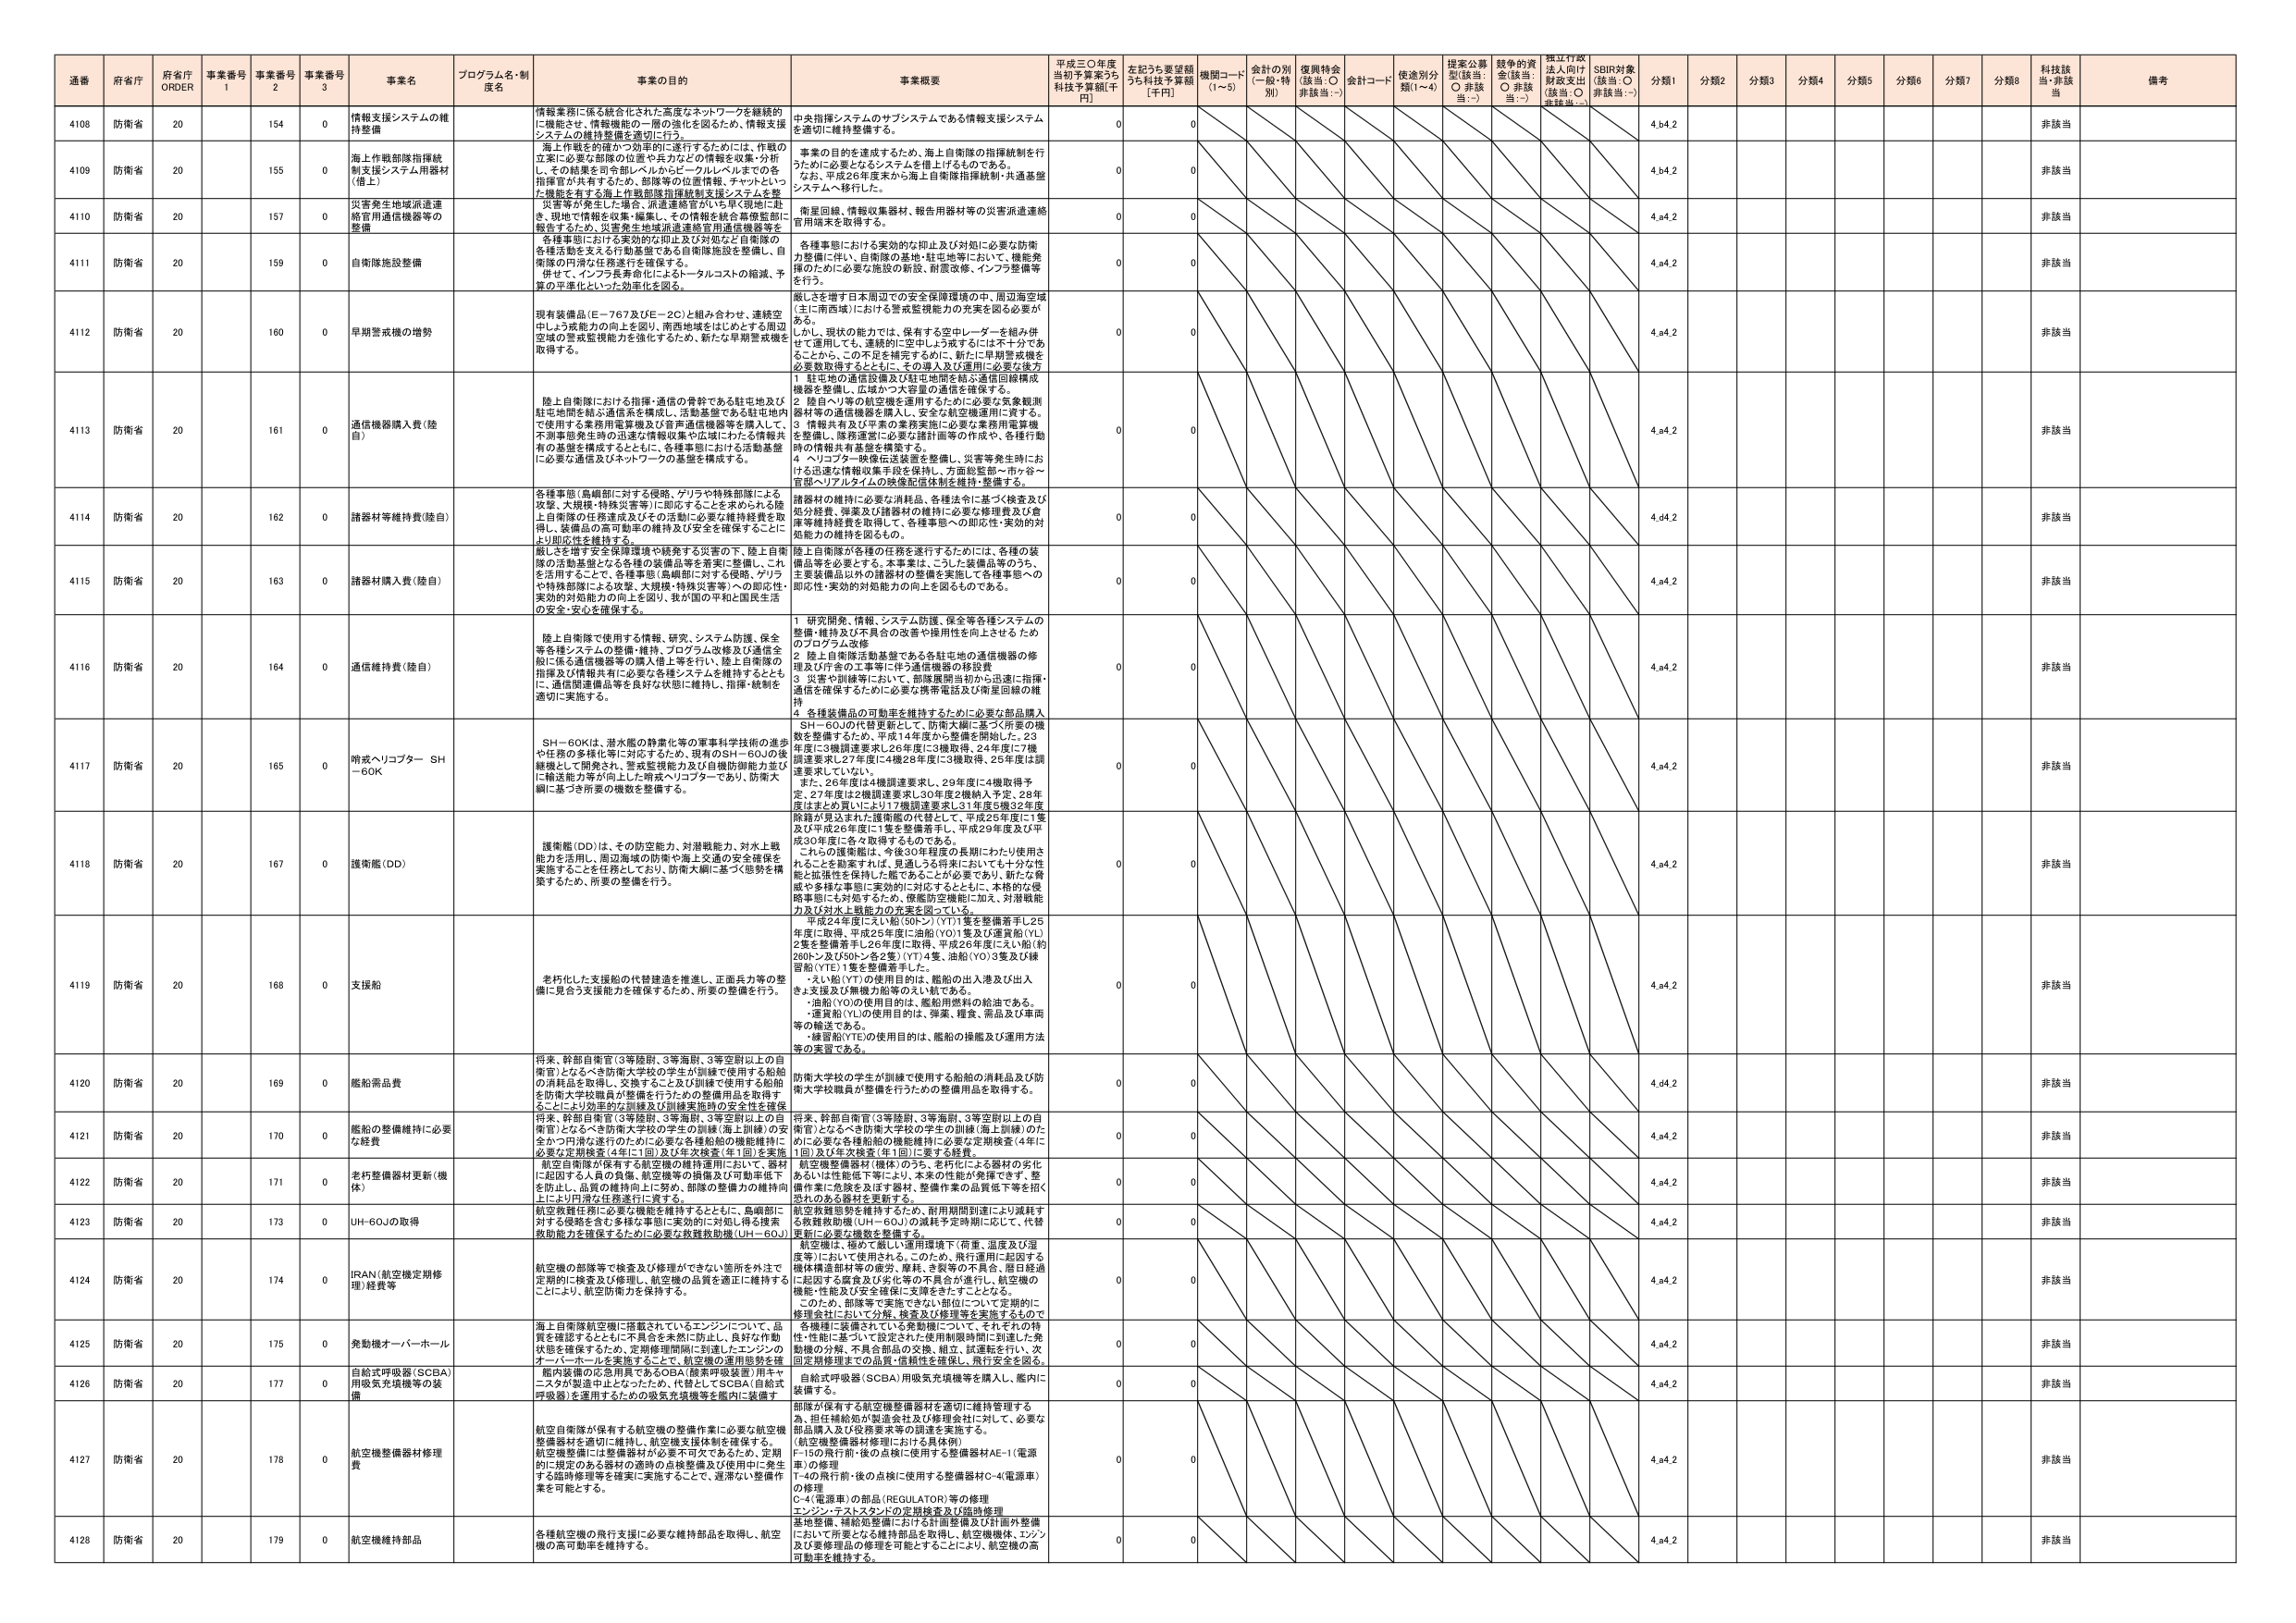
通番 府省庁 府省庁 ORDER 事業番号 1 事業番号 2 事業番号 3 事業名 プログラム名・制度名 事業の目的 事業概要 平成三〇年度 当初予算案うち 科技予算額[千円] 左記うち要望額 うち科技予算額 [千円] 機関コード (1～5) 会計の別 (一般・特別) 復興特会 (該当：○ 非該当：-) 会計コード 使途別分類(1～4) 提案公募型(該当：○ 非該当：-) 競争的資金(該当：○ 非該当：-) 採択行政法人向け財政支出(該当：○ 非該当：-) SDBR対象(該当：○ 非該当：-) 分類1 分類2 分類3 分類4 分類5 分類6 分類7 分類8 科技該当・非該当 備考

4108 防衛省 20 154 0 情報支援システムの維持整備 情報業務に係る統合化された高度なネットワークを継続的に機能させ、情報機能の一層の強化を図るため、情報支援システムの維持整備を適切に行う。 中央指揮システムのサブシステムである情報支援システムを適切に維持整備する。 0 0 4.b4.2 非該当

4109 防衛省 20 155 0 海上作戦部隊指揮統制支援システム用器材(陸上) 海上作戦を的確かつ効果的に遂行するためには、作戦の立案に必要な部隊の位置や兵力などの情報を収集・分析し、その結果を司令部レベルからビークレベルまでの各指揮官が共有するため、部隊等の位置情報、チャットといった機能を有する海上作戦部隊指揮統制支援システムを整備する。 事業の目的を達成するため、海上自衛隊の指揮統制を行うために必要なシステムを備え上げるものである。 なお、平成28年度末から海上自衛隊指揮統制・共通基盤システムへ移行した。 0 0 4.b4.2 非該当

4110 防衛省 20 157 0 災害発生地域派遣連絡官用通信機器等の整備 災害等が発生した場合、派遣連絡官がいち早く現地に赴き、現地で情報を収集・編集し、その情報を統合幕僚監部に報告するため、災害発生地域派遣連絡官用通信機器等を整備する。 衛星回線、情報収集器材、報告用器材等の災害派遣連絡官用端末を取得する。 0 0 4.a4.2 非該当

4111 防衛省 20 159 0 自衛隊施設整備 各種事態における実効的な抑止及び対処など自衛隊の各種活動を支えたり動員等である自衛隊施設を整備し、自衛隊の円滑な任務遂行を確保する。 併せて、インフラ長寿命化によるトータルコストの縮減、予算の平準化といった効率化を図る。 各種事態における実効的な抑止及び対処に必要な防衛力整備に伴い、自衛隊の基地・駐屯地等において、機能発揮のために必要な施設の新設、耐震改修、インフラ整備等を行う。 0 0 4.a4.2 非該当

4112 防衛省 20 160 0 早期警戒機の増勢 現有装備品(Ｅ－７６７及びＥ－２Ｃ)と組み合わせ、連続空中小力能力の向上を図り、南西地域をはじめとする周辺空域の警戒監視能力を強化するため、新たな早期警戒機を取得する。 航空機を増強する日本周辺での安全保障環境の中、周辺海空域(主に南西域)における警戒監視能力の充実を図る必要がある。 しかし、現状の能力では、保有する空中レーダーを組み併せて運用しても、連続的に空中しょう放するには不十分であることから、この不足を補完するために、新たに早期警戒機を必要数取得するとともに、その導入及び運用に必要な後方 1 駐屯地の通信設備及び駐屯地間を結ぶ通信回線構成機器を整備し、広域かつ大容量の通信を確保する。 2 陸自ヘリ等の航空機を運用するために必要な気象観測器材等の通信機器を購入し、安全な航空機運用に資する。 3 情報共有及び平素の業務実施に必要な業務用電算機を整備し、隊務運営に必要な諸計画等の作成や、各種行動時の情報共有基盤を構築する。 4 ヘリコプター映像伝送装置を整備し、災害等発生時における迅速な情報収集手段を提供し、方面総監部→市・町・村→官邸→リリアルタイムの映像配信体制を維持・整備する。 0 0 4.a4.2 非該当

4113 防衛省 20 161 0 通信機器購入費(陸自) 陸上自衛隊における指揮・通信の骨幹である駐屯地及び駐屯地間を結ぶ通信系を構成し、活動基盤である駐屯地内で使用する業務用電算機及び音声通信機器等を購入して、不測事態発生時の迅速な情報収集や広域にわたる情報共有の基盤を構成するとともに、各種事態における活動基盤に必要な通信及びネットワークの基盤を構成する。 0 0 4.a4.2 非該当

4114 防衛省 20 162 0 諸器材等維持費(陸自) 各種事態(島嶼部に対する侵略、ゲリラや特殊部隊による攻撃、大規模・特殊災害等)に即応することを求める陸上自衛隊の任務達成及びその活動に必要な維持経費を取得し、装備品の長寿命化の維持及び安全を確保することにより即応性を維持する。 諸器材の維持に必要な消耗品、各種法令に基づく検査及び処分経費、弾薬及び諸器材の維持に必要な修理費及び倉庫等維持経費を取得して、各種事態への即応性・実効的対処能力の維持を図るもの。 0 0 4.a4.2 非該当

4115 防衛省 20 163 0 諸器材購入費(陸自) 厳しさを増す安全保障環境や頻発する災害の下、陸上自衛隊の活動基盤となる各種の装備品等を着実に整備し、これを活用することで、各種事態(島嶼部に対する侵略、ゲリラや特殊部隊による攻撃、大規模・特殊災害等)への即応性・実効的対処能力の向上を図り、我が国の平和と国民生活の安全・安心を確保する。 陸上自衛隊が各種の任務を遂行するためには、各種の装備品等を必要とする。本事業は、こうした装備品等のうち、主要装備品以外の諸器材を整備を実施して各種事態への即応性・実効的対処能力の向上を図るものである。 0 0 4.a4.2 非該当

4116 防衛省 20 164 0 通信維持費(陸自) 陸上自衛隊で使用する情報、研究、システム防護、保全等各種システムの整備・維持、プログラム改修及び通信系統に係る通信機器等の購入陸上等を行い、陸上自衛隊の指揮及び情報共有に必要な各種システムを維持するとともに、通信関連備品等を良好な状態に維持し、指揮・統制を適切に実施する。 1 研究開発、情報、システム防護、保全等各種システムの整備・維持及び不具合の改善や操作性を向上させるためのプログラム改修 2 陸上自衛隊活動基盤である各駐屯地の通信機器の修理及びIT等の工事等に伴う通信機器の移設費 3 災害や訓練等において、部隊展開当初から迅速に指揮・通信を確保するため必要な携帯電話及び衛星回線の維持 4 各種装備品の可動率を維持するために必要な部品購入 0 0 4.a4.2 非該当

4117 防衛省 20 165 0 呼吸ヘリコプター SH－60K SH－60Kは、潜水艦の静粛化等の軍事科学技術の進歩や任務の多様化等に対応するため、現有のSH－60Jの後継機として開発され、警戒捜索能力及び自機防御能力並びに輸送能力等が向上した哨戒ヘリコプターであり、防衛大綱に基づき所要の機数を整備する。 SH－60Jの代替更新として、防衛大綱に基づく所要の機数を整備するため、平成14年度から整備を開始した。23年度に3機調達要求し26年度に3機取得、24年度に7機調達要求し27年度に4機28年度に3機取得、25年度は調達要求していない。 また、26年度は4機調達要求し、29年度に4機取得予定、27年度は2機調達要求し30年度2機納入予定、28年度はまとめ買いにより17機調達要求し31年度5機32年度 0 0 4.a4.2 非該当

4118 防衛省 20 167 0 護衛艦(DD) 護衛艦(DD)は、その防空能力、対潜戦能力、対水上戦能力を活用し、周辺海域の防衛や海上交通の安全保障を実施することを任務としており、防衛大綱に基づく態勢を構築するため、所要の整備を行う。 除籍が見込まれた護衛艦の代替として、平成25年度に1隻及び平成26年度に1隻を整備着手し、平成29年度及び平成30年度に各々取得するものである。 これらの護衛艦は、今後30年程度の長期にわたり使用されることを勘案すれば、見通しうる将来においても十分な性能と拡張性を保持した艦であることが必要であり、新たな脅威や多様な事態に実効的に対応するとともに、本格的な侵略事態にも対処するため、優越防空機能に加え、対潜戦能力及び対水上戦能力の充実を図っている。 0 0 4.a4.2 非該当

4119 防衛省 20 168 0 支援船 老朽化した支援船の代替建造を推進し、正面兵力等の整備に見合う支援能力を確保するため、所要の整備を行う。 平成24年度にえい船(50トン)(YT)1隻を整備着手し25年度に取得、平成25年度に油船(YO)1隻及び運貨船(YL)2隻を整備着手し26年度に取得、平成26年度にえい船(約280トン及び50トン各2隻)(YT)4隻、油船(YO)3隻及び練習船(YTE)1隻を整備着手した。 ・えい船(YT)の使用目的は、艦船の出入港及び出入港支援及び無線力船等のえい航である。 ・油船(YO)の使用目的は、艦船用燃料の給油である。 ・運貨船(YL)の使用目的は、弾薬、糧食、荷品及び車両等の輸送である。 ・練習船(YTE)の使用目的は、艦船の操艦及び運用方法等の実習である。 0 0 4.a4.2 非該当

4120 防衛省 20 169 0 艦船需品費 将来、幹部自衛官(3等陸尉、3等海尉、3等空尉以上の自衛官)となるべき防衛大学校の学生が訓練で使用する船舶の消耗品を取得し、交換すること及び訓練で使用する船舶を防衛大学校職員が整備を行うための整備用品を取得することにより効率的な訓練及び訓練実施時の安全性を確保する。 防衛大学校の学生が訓練で使用する船舶の消耗品及び防衛大学校職員が整備を行うための整備用品を取得する。 0 0 4.d4.2 非該当

4121 防衛省 20 170 0 艦船の整備維持に必要な経費 将来、幹部自衛官(3等陸尉、3等海尉、3等空尉以上の自衛官)となるべき防衛大学校の学生の訓練(海上訓練)の安全かつ円滑な遂行のために必要な各種船舶の機能維持に必要な定期検査(4年に1回)及び年次検査(年1回)を実施 将来、幹部自衛官(3等陸尉、3等海尉、3等空尉以上の自衛官)となるべき防衛大学校の学生の訓練(海上訓練)のために必要な各種船舶の機能維持に必要な定期検査(4年に1回)及び年次検査(年1回)に要する経費。 0 0 4.a4.2 非該当

4122 防衛省 20 171 0 老朽整備器材更新(機体) 航空自衛隊が保有する航空機の維持管理において、器材に起因する人員の負傷、航空機等の損傷及び可動率低下を防止し、品質の維持向上に努め、部隊の整備力の維持向上により円滑な任務遂行に資する。 航空機整備器材(機体)のうち、老朽化による器材の劣化あるいは性能低下等により、本来の性能が発揮できず、整備作業に危険を及ぼす器材、整備作業の品質低下等を招く恐れのある器材を更新する。 0 0 4.a4.2 非該当

4123 防衛省 20 173 0 UH-60Jの取得 航空救難任務に必要な機能を維持するとともに、島嶼部に対する侵略を含む多様な事態に実効的に対処し得る陸基救助能力を確保するための必要な救難救助機(UH－60J) 航空救難態勢を維持するため、耐用期間到達により減耗する救難救助機(UH－60J)の減耗予定時期に応じて、代替更新に必要な機数を整備する。 0 0 4.a4.2 非該当

4124 防衛省 20 174 0 IRAN(航空機定期修理)経費等 航空機の部隊等で検査及び修理ができない箇所を外注で定期的に検査及び修理し、航空機の品質を適正に維持することにより、航空防衛力を保持する。 航空機は、極めて厳しい運用環境下(荷重、温度及び湿度等)において使用される。このため、飛行運用に起因する機体構造部材等の疲労、摩耗、き裂等の不具合、着日経過に起因する腐食及び劣化等の不具合が進行し、航空機の機能・性能及び安全確保に支障をきたすこととなる。 このため、部隊等で実施できない部位について定期的に検査および、分解、検査及び修理等を実施するもので 0 0 4.a4.2 非該当

4125 防衛省 20 175 0 発動機オーバーホール 海上自衛隊航空機に搭載されているエンジンについて、品質を確認するとともに不具合を未然に防止し、良好な作動状態を確保するため、定期修理期間に到達したエンジンのオーバーホールを実施することで、航空機の運用態勢を確 1 名機種に搭載されている発動機について、それぞれの特性・性能に基づいて設定された使用制限時間に到達した発動機の分解、不具合部品の交換、組立、試運転を行い、次回定期修理までの品質・信頼性を確保し、飛行安全を図る。 0 0 4.a4.2 非該当

4126 防衛省 20 177 0 自給式呼吸器(SCBA)用吸気弁接機等の装備 艦内装備の応急用具であるSCBA(酸素呼吸装置)用キャニスタが製造中止となったため、代替としてSCBA(自給式呼吸器)を運用するための吸気弁接機等を艦内に装備す 自給式呼吸器(SCBA)用吸気弁接機等を購入し、艦内に装備する。 0 0 4.a4.2 非該当

4127 防衛省 20 178 0 航空機整備器材修理費 航空自衛隊が保有する航空機の整備作業に必要な航空機整備器材を適切に維持し、航空機支援体制を確保する。航空機整備には整備器材が必要不可欠であるため、定期的に規定のある器材の適時の点検整備及び使用中に発生する臨時修理等を確実に実施することで、遅滞ない整備作業を可能とする。 部隊が保有する航空機整備器材を適切に維持管理する為、担任機総括が製造会社及び修理会社に対して、必要な部品購入及び修理要望等の調達を実施する。 (航空機整備器材修理における具体例) F-15の飛行前・後の点検に使用する整備器材AE-1(電源車)の修理 F-4の飛行前・後の点検に使用する整備器材C-4(電源車)の修理 C-4(電源車)の部品(REGULATOR)等の修理 エンジン・テストスタンドの定期検査及び臨時修理 0 0 4.a4.2 非該当

4128 防衛省 20 179 0 航空機維持部品 各種航空機の飛行支援に必要な維持部品を取得し、航空機の高可動率を維持する。 基地整備、補給処整備における計画整備及び計画外整備において所要となる維持部品を取得し、航空機機体、エンジン及び要修理品の修理を可能とすることにより、航空機の高可動率を維持する。 0 0 4.a4.2 非該当